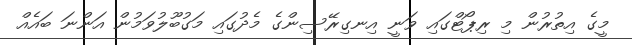
މީގެ އިތުރުން މި ރިޕޯޓްގައި ވަނީ އިނގިރޭސިންގެ މެދުގައި މަގުބޫލުވަމުން އަންނަ ބައެއް